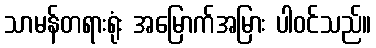
သာမန်တရားရုံး အမြောက်အမြား ပါဝင်သည်။